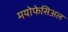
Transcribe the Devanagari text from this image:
मयोफेसिअल